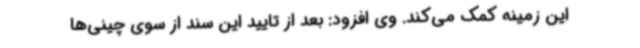
این زمینه کمک می‌کند. وی افزود: بعد از تایید این سند از سوی چینی‌ها